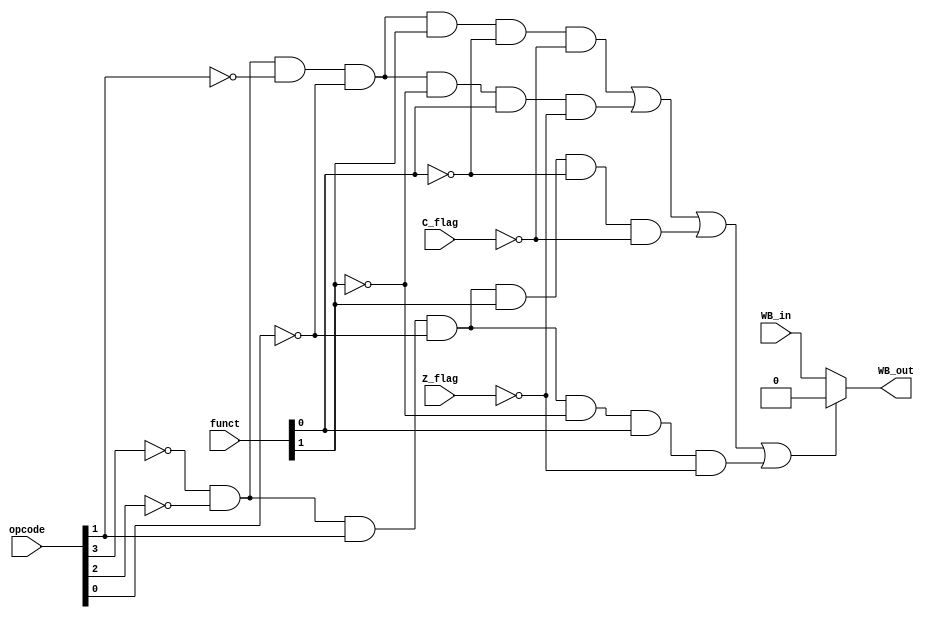
module cond_flag(WB_in,opcode,funct,C_flag,Z_flag,WB_out);
input WB_in,C_flag,Z_flag;
input [3:0] opcode;
input [1:0] funct;//
output WB_out;
wire a,b,c,d,sel;
assign a = ~opcode[3]&~opcode[2]&~opcode[1]&~opcode[0] & funct[1]&~funct[0] &~C_flag; //ADC
assign b = ~opcode[3]&~opcode[2]&~opcode[1]&~opcode[0] & ~funct[1]&funct[0] &~Z_flag;  //ADZ
assign c = ~opcode[3]&~opcode[2]&opcode[1]&~opcode[0] & funct[1]&~funct[0] &~C_flag; //NDC
assign d = ~opcode[3]&~opcode[2]&opcode[1]&~opcode[0] & ~funct[1]&funct[0] &~Z_flag;  //NDZ
assign sel = a|b|c|d;
assign WB_out = sel ? 1'b0: WB_in;
endmodule